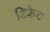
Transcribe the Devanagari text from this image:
डिक्रेट